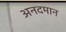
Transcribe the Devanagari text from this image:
अनदमान